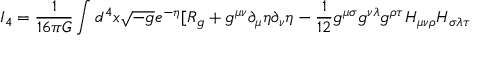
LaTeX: I _ { 4 } = \frac { 1 } { 1 6 \pi G } \int d ^ { 4 } x \sqrt { - g } e ^ { - \eta } [ R _ { g } + g ^ { \mu \nu } \partial _ { \mu } \eta \partial _ { \nu } \eta - \frac { 1 } { 1 2 } g ^ { \mu \sigma } g ^ { \nu \lambda } g ^ { \rho \tau } H _ { \mu \nu \rho } H _ { \sigma \lambda \tau }